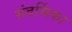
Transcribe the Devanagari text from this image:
संदर्भिका